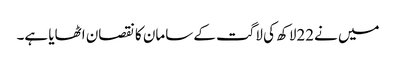
میں نے22لاکھ کی لاگت کے سامان کا نقصان اٹھایا ہے۔